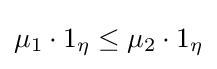
{\textstyle \mu _{1}\cdot 1_{\eta }\leq \mu _{2}\cdot 1_{\eta }}